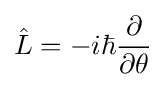
{\hat {L}}=-i\hbar {\frac {\partial }{\partial \theta }}